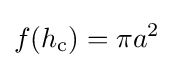
f(h_{\text{c}})=\pi a^{2}